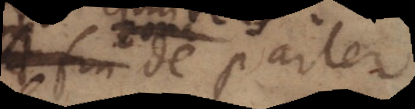
fin de parler